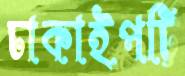
ঢাকাইপট্টি